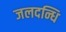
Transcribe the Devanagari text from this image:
जलदन्धि